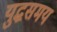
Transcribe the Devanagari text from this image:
युद्धसमय